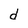
Character: d